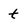
Character: t